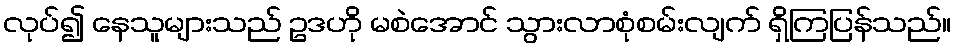
လုပ်၍ နေသူများသည် ဥဒဟို မစဲအောင် သွားလာစုံစမ်းလျက် ရှိကြပြန်သည်။